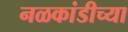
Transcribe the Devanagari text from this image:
नळकांडीच्या